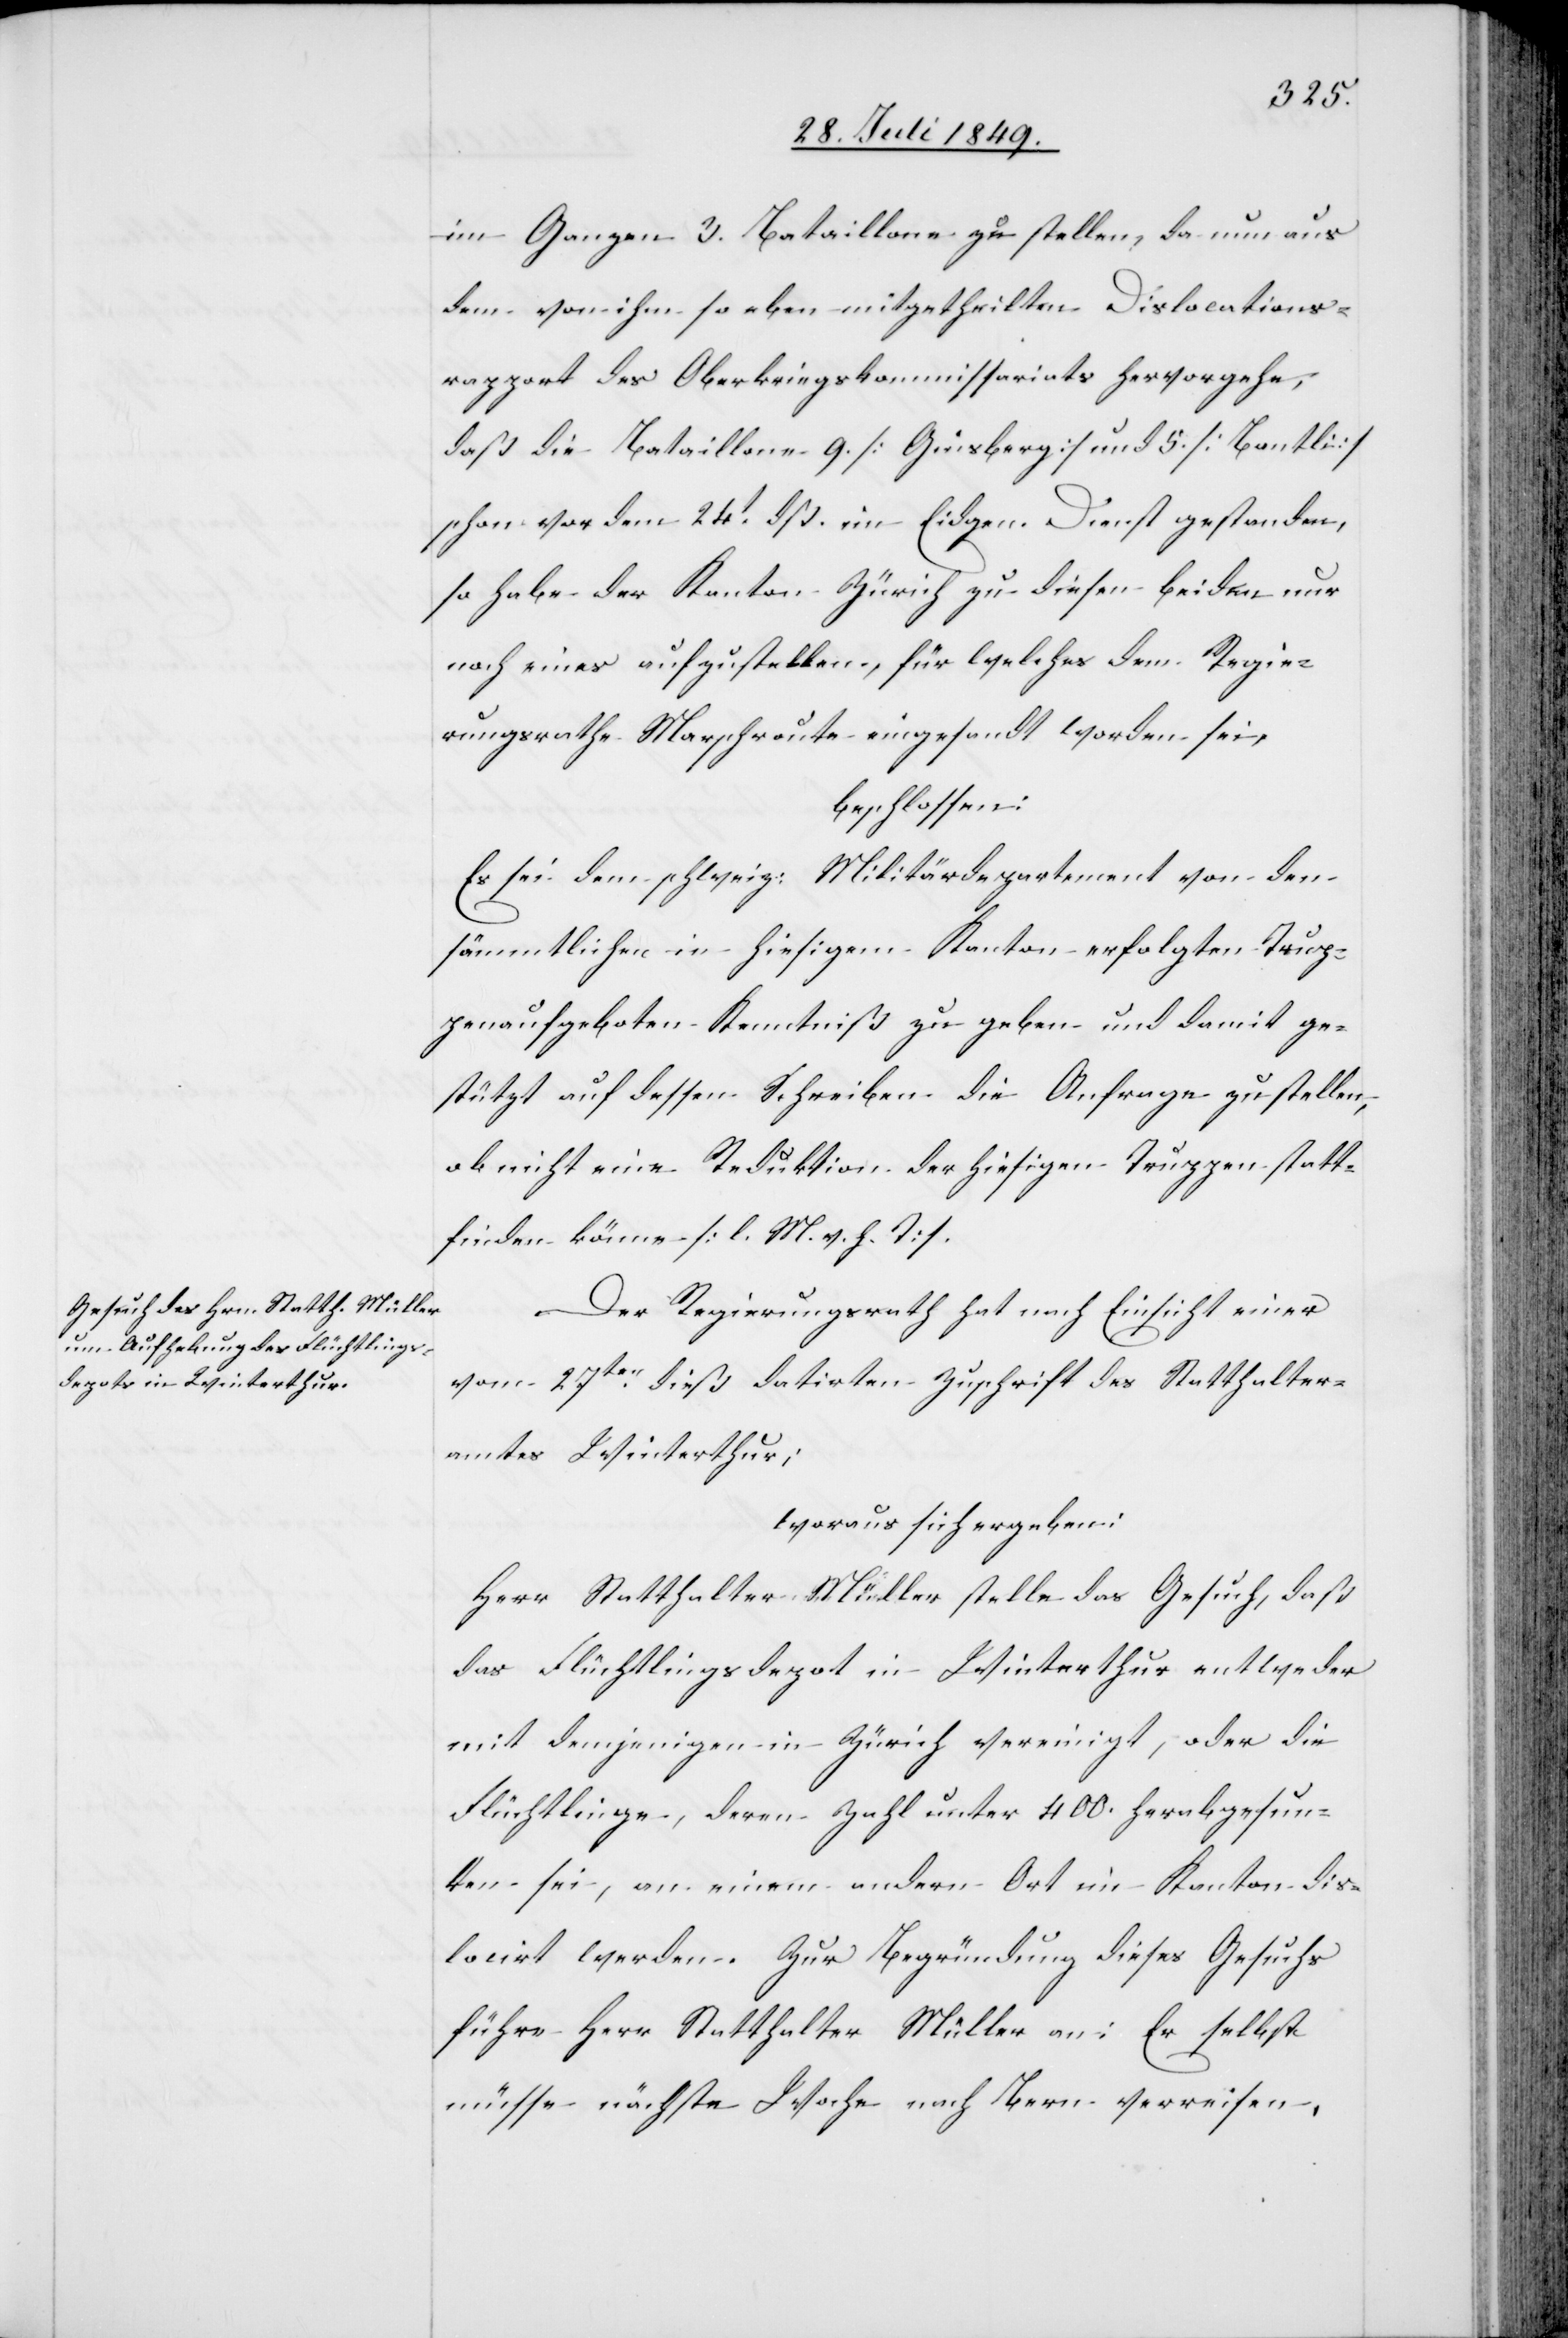
im Ganzen 3. Bataillone zu stellen, da nun aus
dem von ihm so eben mitgetheilten Dislocations¬
rapport des Oberkriegskommissariats hervorgehe;
daß die Bataillone 9. [Ginsberg] und 5. [Bantli]
schon vor dem 24t dß. im Eidgen. Dienst gestanden,
so habe der Kanton Zürich zu diesen beiden nur
noch eines aufzustellen, für welches dem Regie¬
rungsrathe Marschroute eingesandt worden sei,
beschlossen:
Es sei dem schweiz. Militärdepartement von dem
sämmtlichen in hiesigem Kanton erfolgten Trup¬
penaufgeboten Kenntniß zu geben und damit ge¬
stützt auf dessen Schreiben die Anfrage zu stellen,
ob nicht eine Reduktion der hiesigen Truppen statt¬
finden könne [l. M. v. h. T].
Der Regierungsrath hat nach Einsicht einer
vom 27ten dieß datirten Zuschrift des Statthalter¬
amtes Winterthur;
woraus sich ergeben:
Herr Statthalter Müller stelle das Gesuch, daß
das Flüchtlingsdepot in Winterthur entweder
mit demjenigen in Zürich vereinigt, oder die
Flüchtlinge, deren Zahl unter 400. herabgesun¬
ken sei, an einem andern Ort im Kanton dis¬
locirt werden. Zur Begründung dieses Gesuchs
führe Herr Statthalter Müller an: Er selbst
müsse nächste Woche nach Bern verreisen,